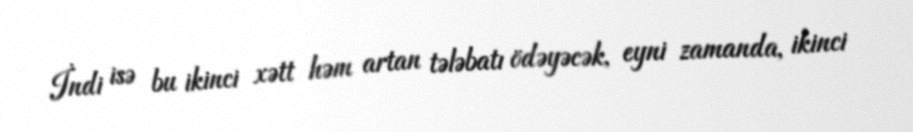
İndi isə bu ikinci xətt həm artan tələbatı ödəyəcək, eyni zamanda, ikinci